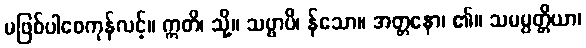
မဖြစ်ပါစေကုန်လင့်။ ဣတိ၊ သို့။ သဗ္ဗာပိ၊ န်သော။ အတ္တနော၊ ၏။ သမမ္ပတ္တိယာ၊